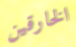
الخارقين